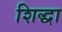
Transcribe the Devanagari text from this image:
शिद्धा